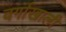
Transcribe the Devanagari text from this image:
वर्गाखाली